Vaccination North-Western Provinces and Oudh 1896-1901 - 1896-1901
Year: 1896
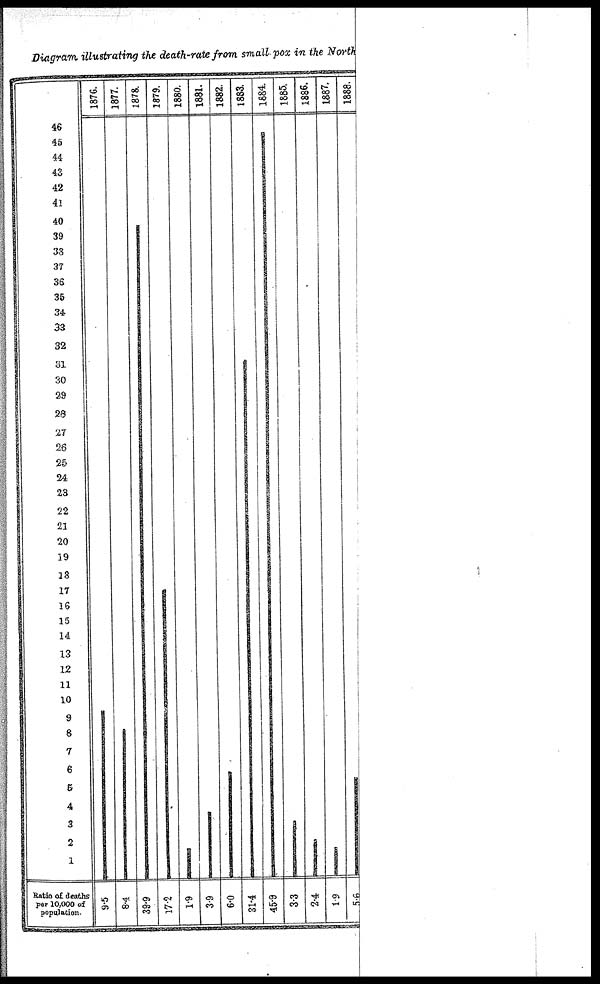
Diagram, illustrating the death-rate from small-pox in the North